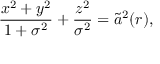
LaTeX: \frac { x ^ { 2 } + y ^ { 2 } } { 1 + \sigma ^ { 2 } } + \frac { z ^ { 2 } } { \sigma ^ { 2 } } = \widetilde { a } ^ { 2 } ( r ) ,